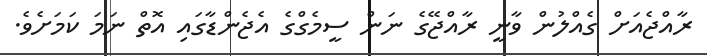
ރާއްޖެއަށް ގެއްލުން ވާނީ ރާއްޖޭގެ ނަން ސީމެގްގެ އެޖެންޑާގައި އޮތް ނަމަ ކަމަށެވެ.